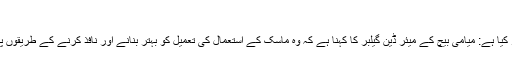
”
دریں اثنا ، جنوبی فلوریڈا کے تین میئروں نے مقدمات کی بڑھتی ہوئی تعداد پر تشویش کا اظہار کیا ہے: میامی بیچ کے میئر ڈین گیلبر کا کہنا ہے کہ وہ ماسک کے استعمال کی تعمیل کو بہتر بنانے اور نافذ کرنے کے طریقوں پر تبادلہ خیال کرنے کے لئے ایک خصوصی اجلاس طلب کررہے ہیں ، جو “خوفناک نہیں” ہے۔